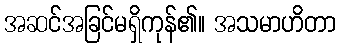
အဆင်အခြင်မရှိကုန်၏။ အသမာဟိတာ